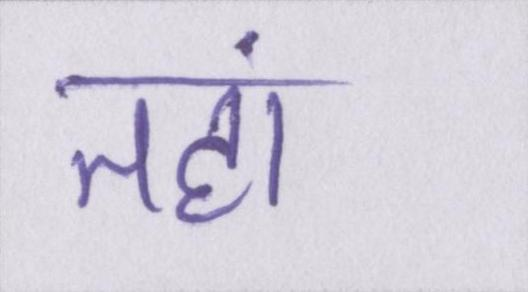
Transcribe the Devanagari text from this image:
तहां